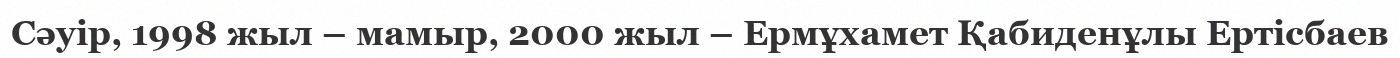
Сәуір, 1998 жыл – мамыр, 2000 жыл – Ермұхамет Қабиденұлы Ертісбаев